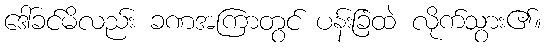
ဒေါ်ခင်မိလည်း ခဏအကြာတွင် ပန်းခြံထဲ လိုက်သွား၏။